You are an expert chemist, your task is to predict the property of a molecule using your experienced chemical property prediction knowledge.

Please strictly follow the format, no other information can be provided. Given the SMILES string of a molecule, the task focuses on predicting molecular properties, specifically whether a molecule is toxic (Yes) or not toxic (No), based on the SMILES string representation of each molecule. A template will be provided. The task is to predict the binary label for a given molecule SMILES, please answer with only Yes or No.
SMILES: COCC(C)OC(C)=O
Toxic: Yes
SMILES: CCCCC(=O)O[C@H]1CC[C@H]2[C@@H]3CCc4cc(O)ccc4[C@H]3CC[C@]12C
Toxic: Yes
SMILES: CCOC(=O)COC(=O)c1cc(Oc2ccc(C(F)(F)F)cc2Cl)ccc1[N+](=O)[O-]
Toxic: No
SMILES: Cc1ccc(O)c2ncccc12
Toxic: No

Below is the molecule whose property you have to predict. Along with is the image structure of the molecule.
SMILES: O=C(N[C@H]1CN2CCC1CC2)c1ccc2c(c1)OCCO2
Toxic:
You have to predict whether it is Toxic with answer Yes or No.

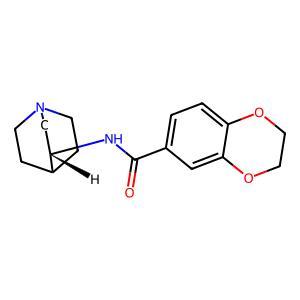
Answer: No